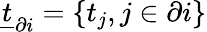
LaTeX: \underline{{t}}_{\partial i}=\{ t_{j},j\in\partial i\}